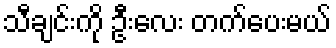
သီချင်းကို ဦးလေး တက်ပေးမယ်